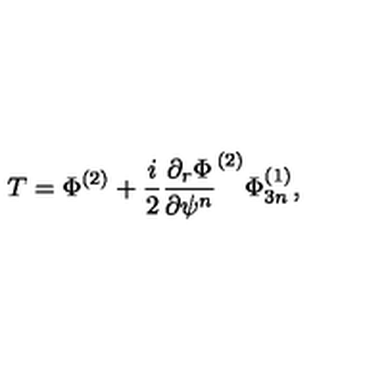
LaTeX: T = \Phi ^ { ( 2 ) } + \frac { i } { 2 } \frac { \partial _ { r } \Phi } { \partial \psi ^ { n } } ^ { ( 2 ) } \Phi _ { 3 n } ^ { ( 1 ) } ,